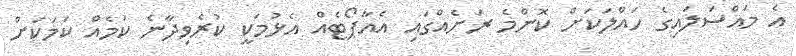
އެ މައްސަލައިގެ ހައްލަކަށް ކޮންމެ ރަށެއްގައި އެއާޕޯޓެއް އެޅުމަކީ ކުރެވިދާނެ ކަމެއް ކަމަކަށް